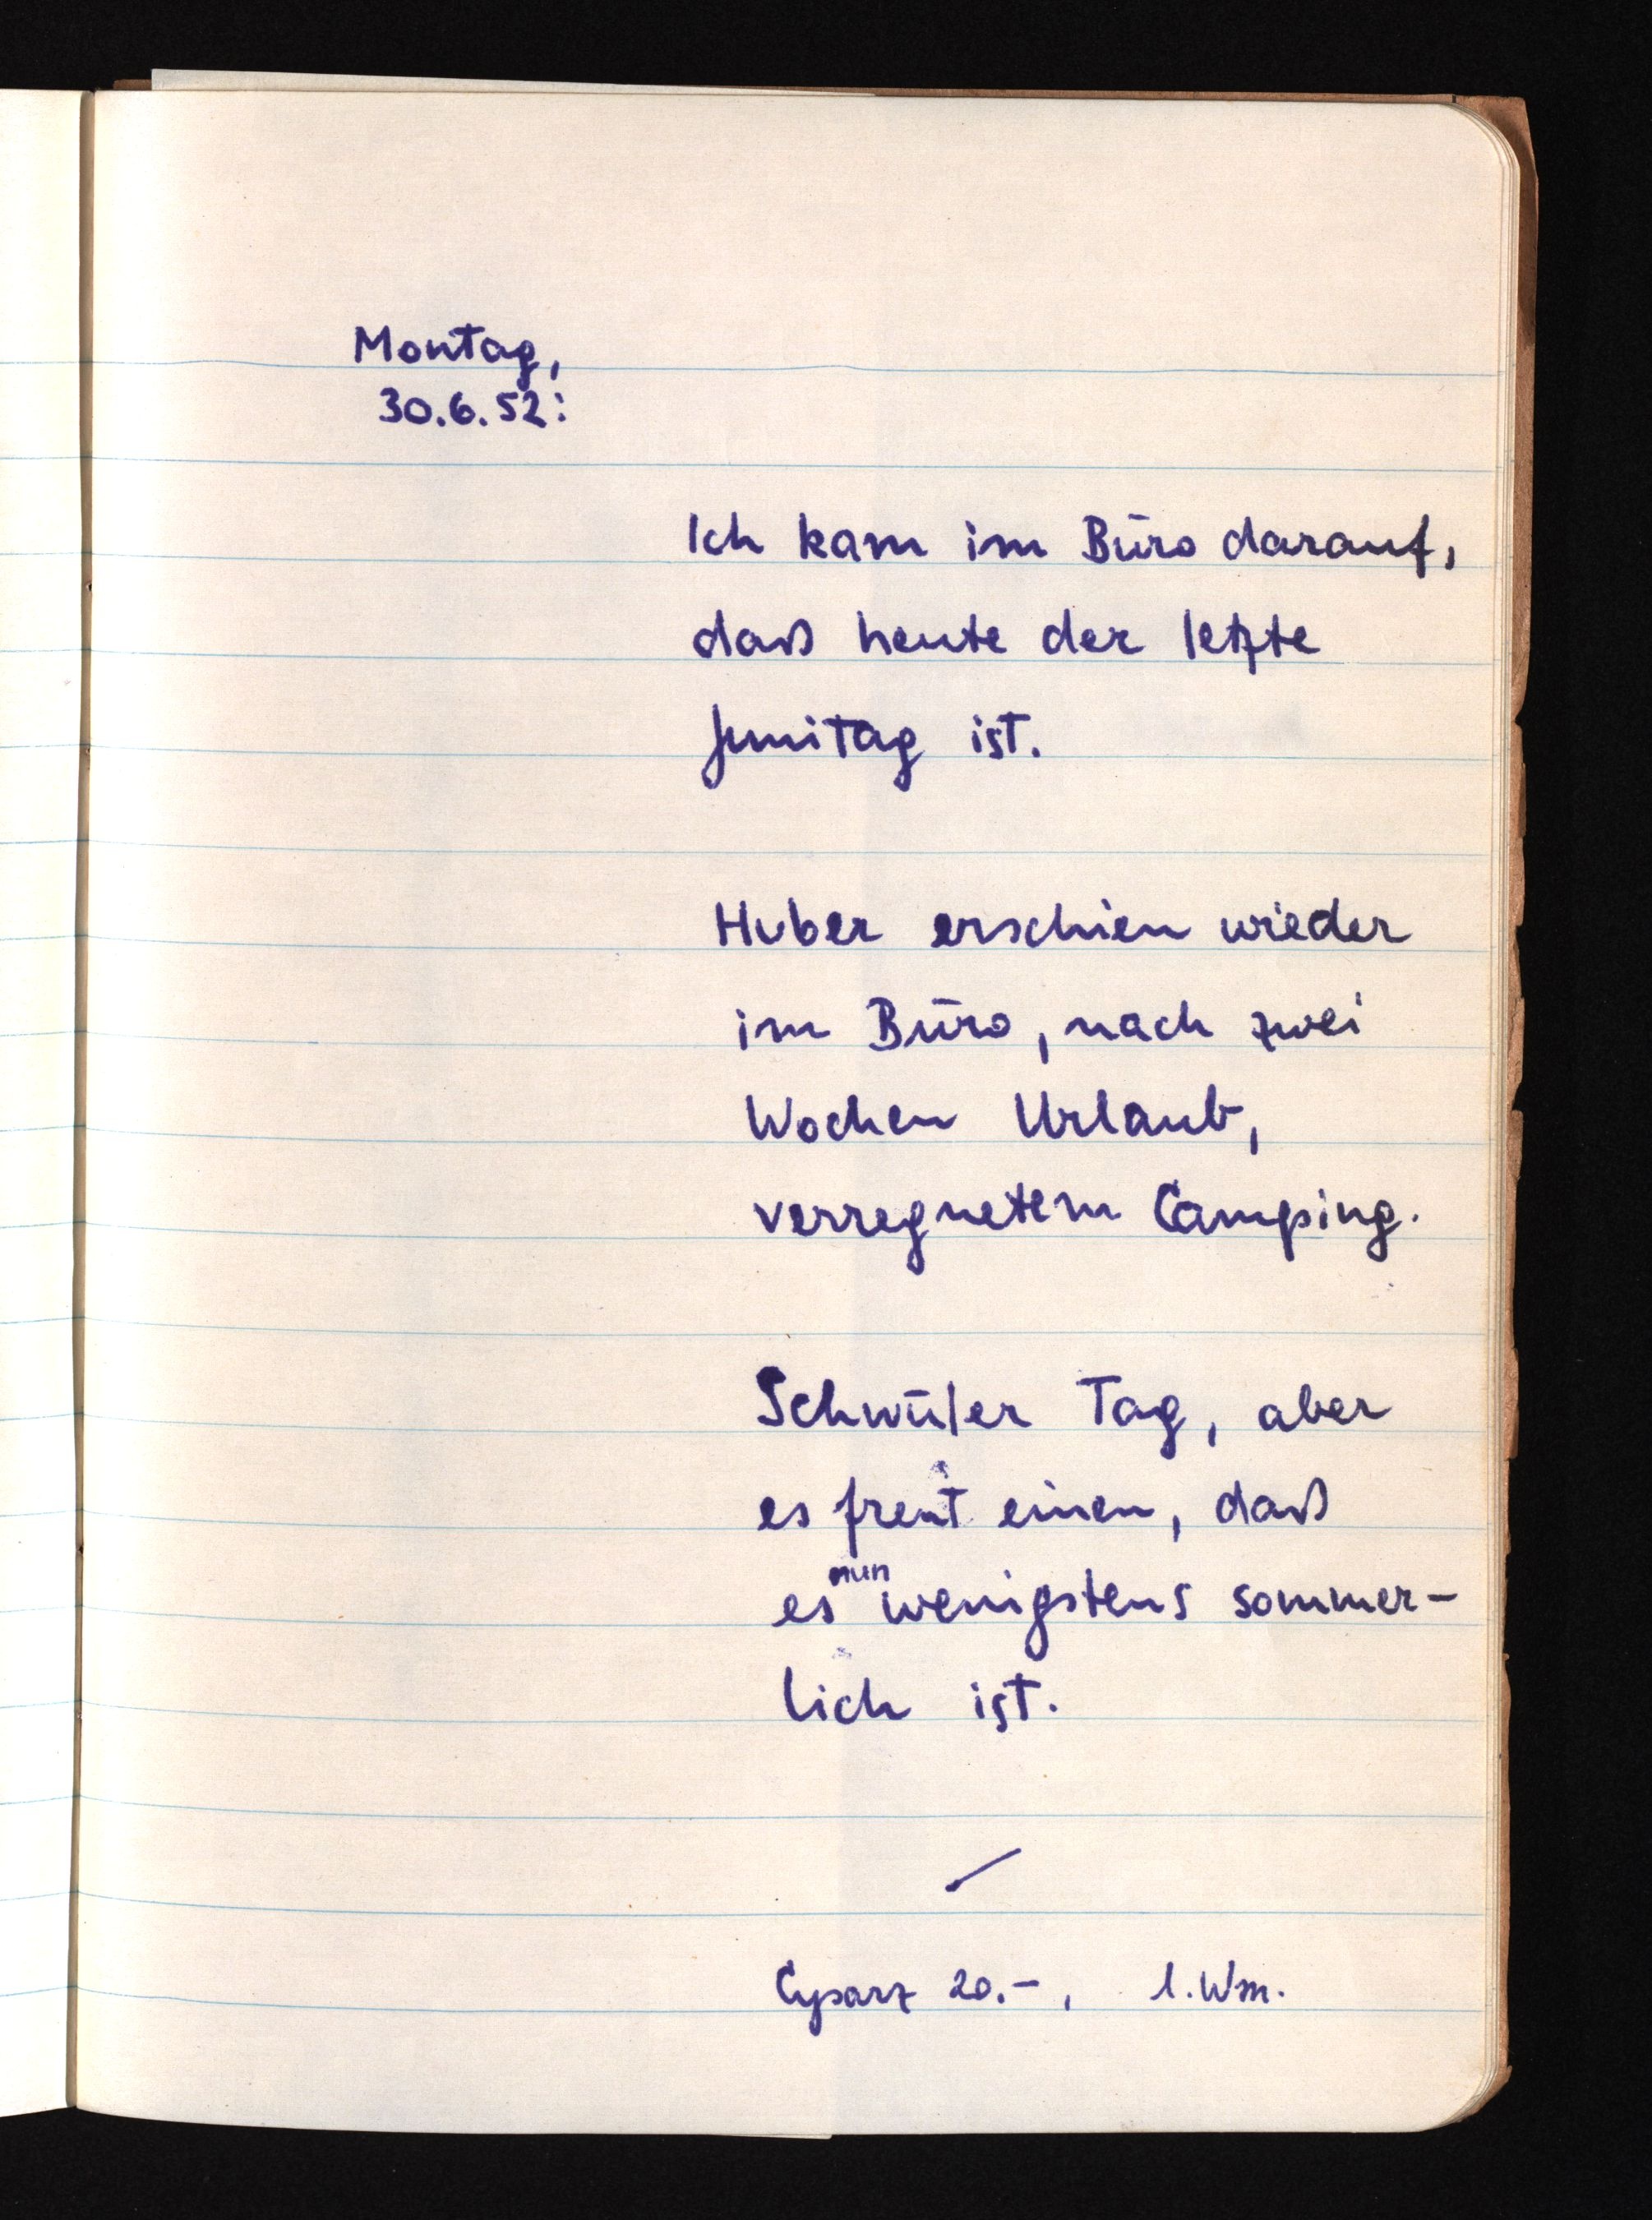
Montag,
30.6.52:
Ich kam im Büro darauf,
daß heute der letzte
Junitag ist.
Huber erschien wieder
im Büro, nach zwei
Wochen Urlaub,
verregnetem Camping.
Schwüler Tag, aber
es freut einen, daß
nun
es wenigstens sommer¬
lich ist.
Cysarz 20.-, 1. Wm.